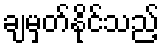
ချမှတ်နိုင်သည့်